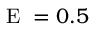
\mathrm { ~ E ~ } = 0 . 5